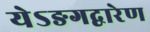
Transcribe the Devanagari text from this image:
येऽङगद्वारेण